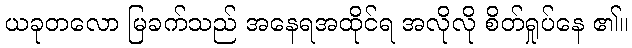
ယခုတလော မြခက်သည် အနေရအထိုင်ရ အလိုလို စိတ်ရှုပ်နေ ၏။